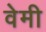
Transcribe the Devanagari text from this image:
वेमी